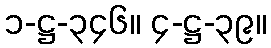
၁-ဋ္ဌ-၃၄၆။ ၄-ဋ္ဌ-၃၉။